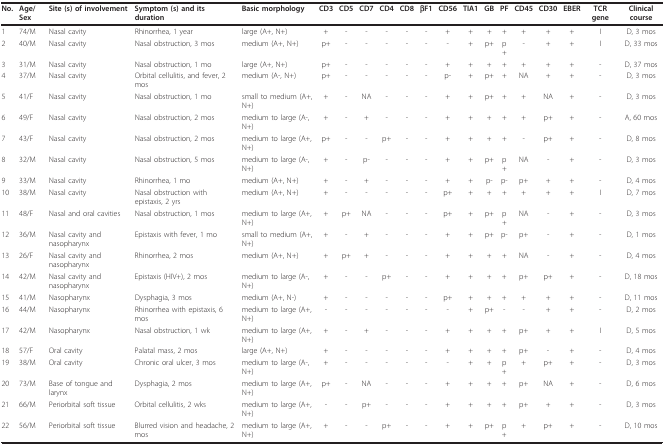
<table><thead><tr><td><b>No.</b></td><td><b>Age/Sex</b></td><td><b>Site (s) of involvement</b></td><td><b>Symptom (s) and its duration</b></td><td><b>Basic morphology</b></td><td><b>CD3</b></td><td><b>CD5</b></td><td><b>CD7</b></td><td><b>CD4</b></td><td><b>CD8</b></td><td><b>βF1</b></td><td><b>CD56</b></td><td><b>TIA1</b></td><td><b>GB</b></td><td><b>PF</b></td><td><b>CD45</b></td><td><b>CD30</b></td><td><b>EBER</b></td><td><b>TCR gene</b></td><td><b>Clinical course</b></td></tr></thead><tbody><tr><td>1</td><td>74/M</td><td>Nasal cavity</td><td>Rhinorrhea, 1 year</td><td>large (A+, N+)</td><td>+</td><td>-</td><td>-</td><td>-</td><td>-</td><td>-</td><td>+</td><td>+</td><td>+</td><td>+</td><td>+</td><td>+</td><td>+</td><td>I</td><td>D, 3 mos</td></tr><tr><td>2</td><td>40/M</td><td>Nasal cavity</td><td>Nasal obstruction, 3 mos</td><td>medium (A+, N+)</td><td>p+</td><td>-</td><td>-</td><td>-</td><td>-</td><td>-</td><td>-</td><td>+</td><td>p+</td><td>p+</td><td>-</td><td>+</td><td>+</td><td>I</td><td>D, 33 mos</td></tr><tr><td>3</td><td>31/M</td><td>Nasal cavity</td><td>Nasal obstruction, 1 mo</td><td>large (A+, N+)</td><td>p+</td><td>-</td><td>-</td><td>-</td><td>-</td><td>-</td><td>+</td><td>+</td><td>+</td><td>+</td><td>+</td><td>+</td><td>+</td><td>-</td><td>D, 37 mos</td></tr><tr><td>4</td><td>37/M</td><td>Nasal cavity</td><td>Orbital cellulitis, and fever, 2 mos</td><td>medium (A-, N+)</td><td>p+</td><td>-</td><td>-</td><td>-</td><td>-</td><td>-</td><td>p-</td><td>+</td><td>p+</td><td>+</td><td>NA</td><td>+</td><td>+</td><td>-</td><td>D, 3 mos</td></tr><tr><td>5</td><td>41/F</td><td>Nasal cavity</td><td>Nasal obstruction, 1 mo</td><td>small to medium (A+, N+)</td><td>+</td><td>-</td><td>NA</td><td>-</td><td>-</td><td>-</td><td>+</td><td>+</td><td>p+</td><td>+</td><td>+</td><td>NA</td><td>+</td><td>-</td><td>D, 3 mos</td></tr><tr><td>6</td><td>49/F</td><td>Nasal cavity</td><td>Nasal obstruction, 2 mos</td><td>medium to large (A-, N+)</td><td>+</td><td>-</td><td>+</td><td>-</td><td>-</td><td>-</td><td>+</td><td>+</td><td>+</td><td>+</td><td>+</td><td>p+</td><td>+</td><td>-</td><td>A, 60 mos</td></tr><tr><td>7</td><td>43/F</td><td>Nasal cavity</td><td>Nasal obstruction, 2 mos</td><td>medium to large (A+, N+)</td><td>p+</td><td>-</td><td>-</td><td>p+</td><td>-</td><td>-</td><td>+</td><td>+</td><td>+</td><td>+</td><td>-</td><td>p+</td><td>+</td><td>-</td><td>D, 8 mos</td></tr><tr><td>8</td><td>32/M</td><td>Nasal cavity</td><td>Nasal obstruction, 5 mos</td><td>medium to large (A-, N+)</td><td>+</td><td>-</td><td>p-</td><td>-</td><td>-</td><td>-</td><td>+</td><td>+</td><td>p+</td><td>p+</td><td>NA</td><td>-</td><td>+</td><td>-</td><td>D, 3 mos</td></tr><tr><td>9</td><td>33/M</td><td>Nasal cavity</td><td>Rhinorrhea, 1 mo</td><td>medium (A+, N+)</td><td>+</td><td>-</td><td>+</td><td>-</td><td>-</td><td>-</td><td>+</td><td>+</td><td>p-</td><td>p-</td><td>p+</td><td>+</td><td>+</td><td>-</td><td>D, 4 mos</td></tr><tr><td>10</td><td>38/M</td><td>Nasal cavity</td><td>Nasal obstruction with epistaxis, 2 yrs</td><td>medium (A+, N+)</td><td>+</td><td>-</td><td>-</td><td>-</td><td>-</td><td>-</td><td>p+</td><td>+</td><td>+</td><td>+</td><td>+</td><td>+</td><td>+</td><td>I</td><td>D, 7 mos</td></tr><tr><td>11</td><td>48/F</td><td>Nasal and oral cavities</td><td>Nasal obstruction, 1 mos</td><td>medium to large (A+, N+)</td><td>+</td><td>p+</td><td>NA</td><td>-</td><td>-</td><td>-</td><td>p+</td><td>+</td><td>p+</td><td>p+</td><td>NA</td><td>-</td><td>+</td><td>-</td><td>D, 3 mos</td></tr><tr><td>12</td><td>36/M</td><td>Nasal cavity and nasopharynx</td><td>Epistaxis with fever, 1 mo</td><td>small to medium (A+, N+)</td><td>+</td><td>-</td><td>+</td><td>-</td><td>-</td><td>-</td><td>+</td><td>+</td><td>p+</td><td>p-</td><td>p+</td><td>-</td><td>+</td><td>-</td><td>D, 1 mos</td></tr><tr><td>13</td><td>26/F</td><td>Nasal cavity and nasopharynx</td><td>Rhinorrhea, 2 mos</td><td>medium (A+, N+)</td><td>+</td><td>p+</td><td>+</td><td>-</td><td>-</td><td>-</td><td>+</td><td>+</td><td>+</td><td>+</td><td>NA</td><td>-</td><td>+</td><td>-</td><td>D, 4 mos</td></tr><tr><td>14</td><td>42/M</td><td>Nasal cavity and nasopharynx</td><td>Epistaxis (HIV+), 2 mos</td><td>medium to large (A-, N+)</td><td>+</td><td>-</td><td>-</td><td>p+</td><td>-</td><td>-</td><td>+</td><td>+</td><td>+</td><td>+</td><td>p+</td><td>p+</td><td>+</td><td>-</td><td>D, 18 mos</td></tr><tr><td>15</td><td>41/M</td><td>Nasopharynx</td><td>Dysphagia, 3 mos</td><td>medium (A+, N-)</td><td>+</td><td>-</td><td>-</td><td>-</td><td>-</td><td>-</td><td>p+</td><td>+</td><td>+</td><td>+</td><td>+</td><td>+</td><td>+</td><td>-</td><td>D, 11 mos</td></tr><tr><td>16</td><td>44/M</td><td>Nasopharynx</td><td>Rhinorrhea with epistaxis, 6 mos</td><td>medium to large (A+, N+)</td><td>-</td><td>-</td><td>-</td><td>-</td><td>-</td><td>-</td><td>-</td><td>+</td><td>p+</td><td>-</td><td>-</td><td>+</td><td>+</td><td>-</td><td>D, 2 mos</td></tr><tr><td>17</td><td>42/M</td><td>Nasopharynx</td><td>Nasal obstruction, 1 wk</td><td>medium to large (A+, N+)</td><td>+</td><td>-</td><td>+</td><td>-</td><td>-</td><td>-</td><td>+</td><td>+</td><td>+</td><td>+</td><td>p+</td><td>+</td><td>+</td><td>I</td><td>D, 5 mos</td></tr><tr><td>18</td><td>57/F</td><td>Oral cavity</td><td>Palatal mass, 2 mos</td><td>large (A+, N+)</td><td>+</td><td>-</td><td>-</td><td>-</td><td>-</td><td>-</td><td>+</td><td>+</td><td>+</td><td>+</td><td>p+</td><td>-</td><td>+</td><td>-</td><td>D, 4 mos</td></tr><tr><td>19</td><td>38/M</td><td>Oral cavity</td><td>Chronic oral ulcer, 3 mos</td><td>medium to large (A-, N+)</td><td>+</td><td>-</td><td>-</td><td>-</td><td>-</td><td>-</td><td>-</td><td>+</td><td>+</td><td>p+</td><td>+</td><td>p+</td><td>+</td><td>-</td><td>D, 3 mos</td></tr><tr><td>20</td><td>73/M</td><td>Base of tongue and larynx</td><td>Dysphagia, 2 mos</td><td>medium to large (A+, N+)</td><td>p+</td><td>-</td><td>NA</td><td>-</td><td>-</td><td>-</td><td>+</td><td>+</td><td>+</td><td>+</td><td>p+</td><td>NA</td><td>+</td><td>-</td><td>D, 6 mos</td></tr><tr><td>21</td><td>66/M</td><td>Periorbital soft tissue</td><td>Orbital cellulitis, 2 wks</td><td>medium to large (A+, N+)</td><td>-</td><td>-</td><td>p+</td><td>-</td><td>-</td><td>-</td><td>+</td><td>+</td><td>+</td><td>+</td><td>p+</td><td>+</td><td>+</td><td>-</td><td>D, 3 mos</td></tr><tr><td>22</td><td>56/M</td><td>Periorbital soft tissue</td><td>Blurred vision and headache, 2 mos</td><td>medium to large (A+, N+)</td><td>+</td><td>-</td><td>-</td><td>p+</td><td>-</td><td>-</td><td>+</td><td>+</td><td>p+</td><td>p+</td><td>+</td><td>p+</td><td>+</td><td>-</td><td>D, 10 mos</td></tr></tbody></table>